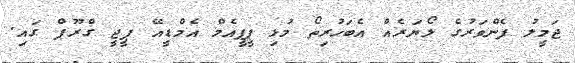
ޖަމީލު ފެންވަރުގެ ލޯޔަރެއް އެބަހުރިތޯ މުޅި ޕީޕީއެމް އެމްޑީއޭ ޕީޖީ ގްރޫޕް ގައި.